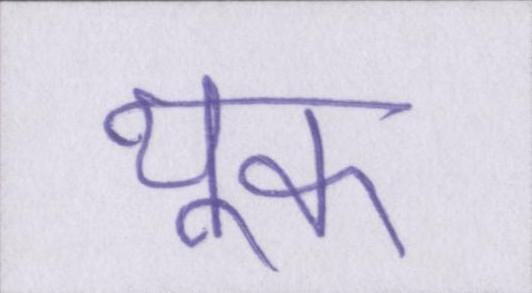
थूक